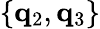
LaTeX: \left\{ \mathbf{q}_{2},\mathbf{q}_{3}\right\}